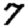
Digit: 7